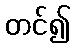
တင်၍